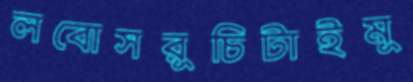
লবোসরুচিটাইমু